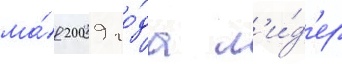
ма́я 2009 го́да л'и́д'ер